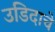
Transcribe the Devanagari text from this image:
उडिदाचे